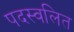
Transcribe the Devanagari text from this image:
पदस्वलित